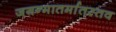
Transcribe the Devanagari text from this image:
जगन्मातर्मातस्तव